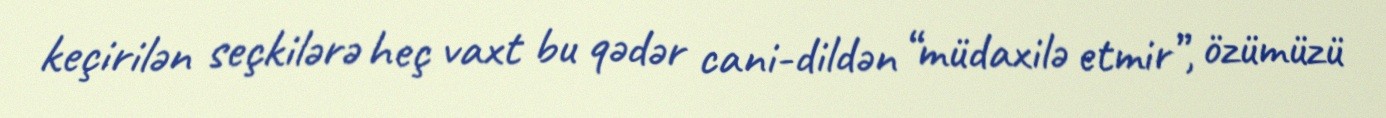
keçirilən seçkilərə heç vaxt bu qədər cani-dildən “müdaxilə etmir”, özümüzü